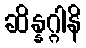
ဆိန္နဂ္ဂါနိ